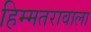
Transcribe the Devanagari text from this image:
हिम्मतरावाला